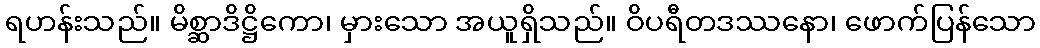
ရဟန်းသည်။ မိစ္ဆာဒိဋ္ဌိကော၊ မှားသော အယူရှိသည်။ ဝိပရီတဒဿနော၊ ဖောက်ပြန်သော